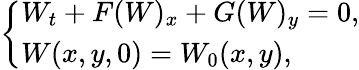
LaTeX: \left\{ \begin{array}{l}{W_{t}+F(W)_{x}+G(W)_{y}=0,}\\ {W(x,y,0)=W_{0}(x,y),}\end{array}\right.